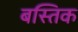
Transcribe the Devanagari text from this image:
बस्तिक